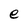
Character: e